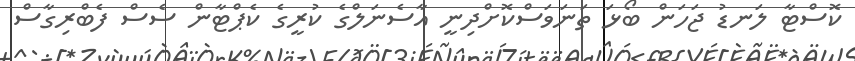
ކޮސްޓާ ލަނޑު ޖަހަން ބޯޅަ ތަނަވަސްކޮށްދިނީ އާސެނަލްގެ ކުރީގެ ކެޕްޓާން ސެސް ފެބްރިގާސް